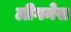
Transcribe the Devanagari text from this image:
लीगनेस